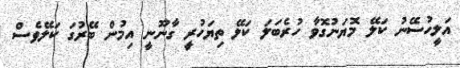
އަލީހުސޭނު ކަލޭ މޮޔަނުގޮވާ ހުރެބަލަ ކަލޭ ތިޔަހުރީ ގާނޫނީ އިމުން ބޭރުގަ ކަލޭވެސް